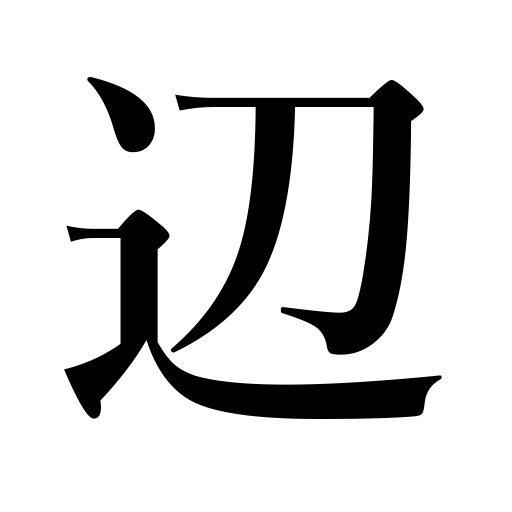
Meanings: border,district,approximation,side,beach,vicinity,rural areas,boundary,region